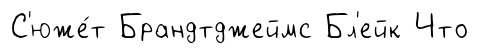
С'юже́т Брандтджеймс Бл'ейк Что